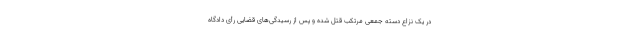
در یک نزاع دسته جمعی مرتکب قتل شده و پس از رسیدگی‌های قضایی رأی دادگاه